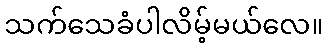
သက်သေခံပါလိမ့်မယ်လေ။